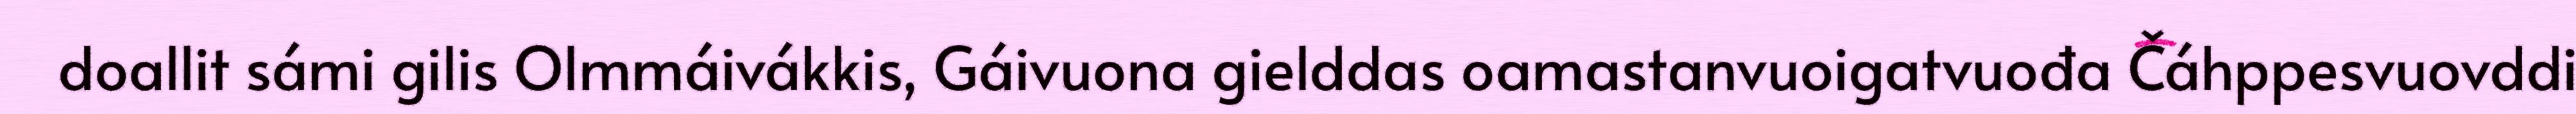
doallit sámi gilis Olmmáivákkis, Gáivuona gielddas oamastanvuoigatvuođa Čáhppesvuovddi